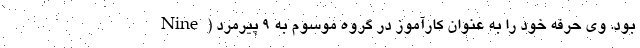
بود. وی حرفه خود را به عنوان کارآموز در گروه موسوم به ۹ پیرمرد (Nine